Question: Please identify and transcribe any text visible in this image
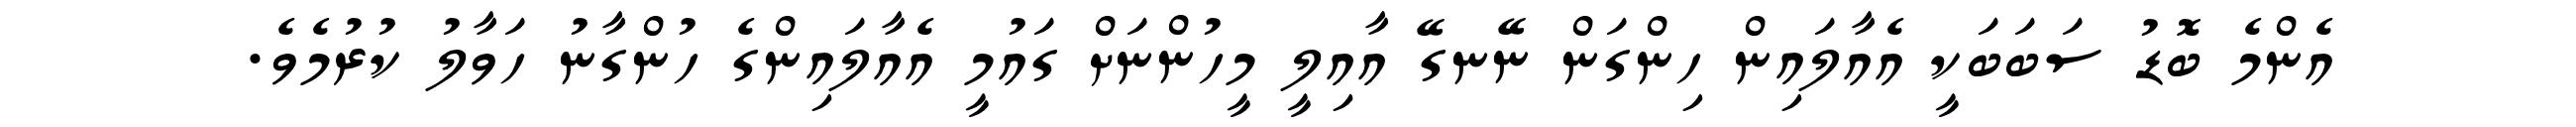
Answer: އެންމެ ބޮޑު ސަބަބަކީ އެއާލައިން ހިންގަން ނޭނގޭ އާއިލީ މީހުންނަށް ގައުމީ އެއާލައިންގެ ހުންގާނު ހަވާލު ކުރުމެވެ.